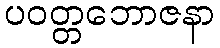
ပဝတ္တဘောဇနာ